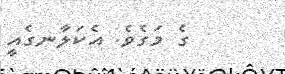
ގެ މަގެވެ. އެކަލާނގެއީ